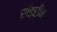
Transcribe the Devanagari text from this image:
रॉड्रीक